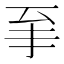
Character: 𱼩